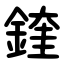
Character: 鍷